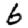
Digit: 6